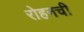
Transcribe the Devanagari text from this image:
रोहनची